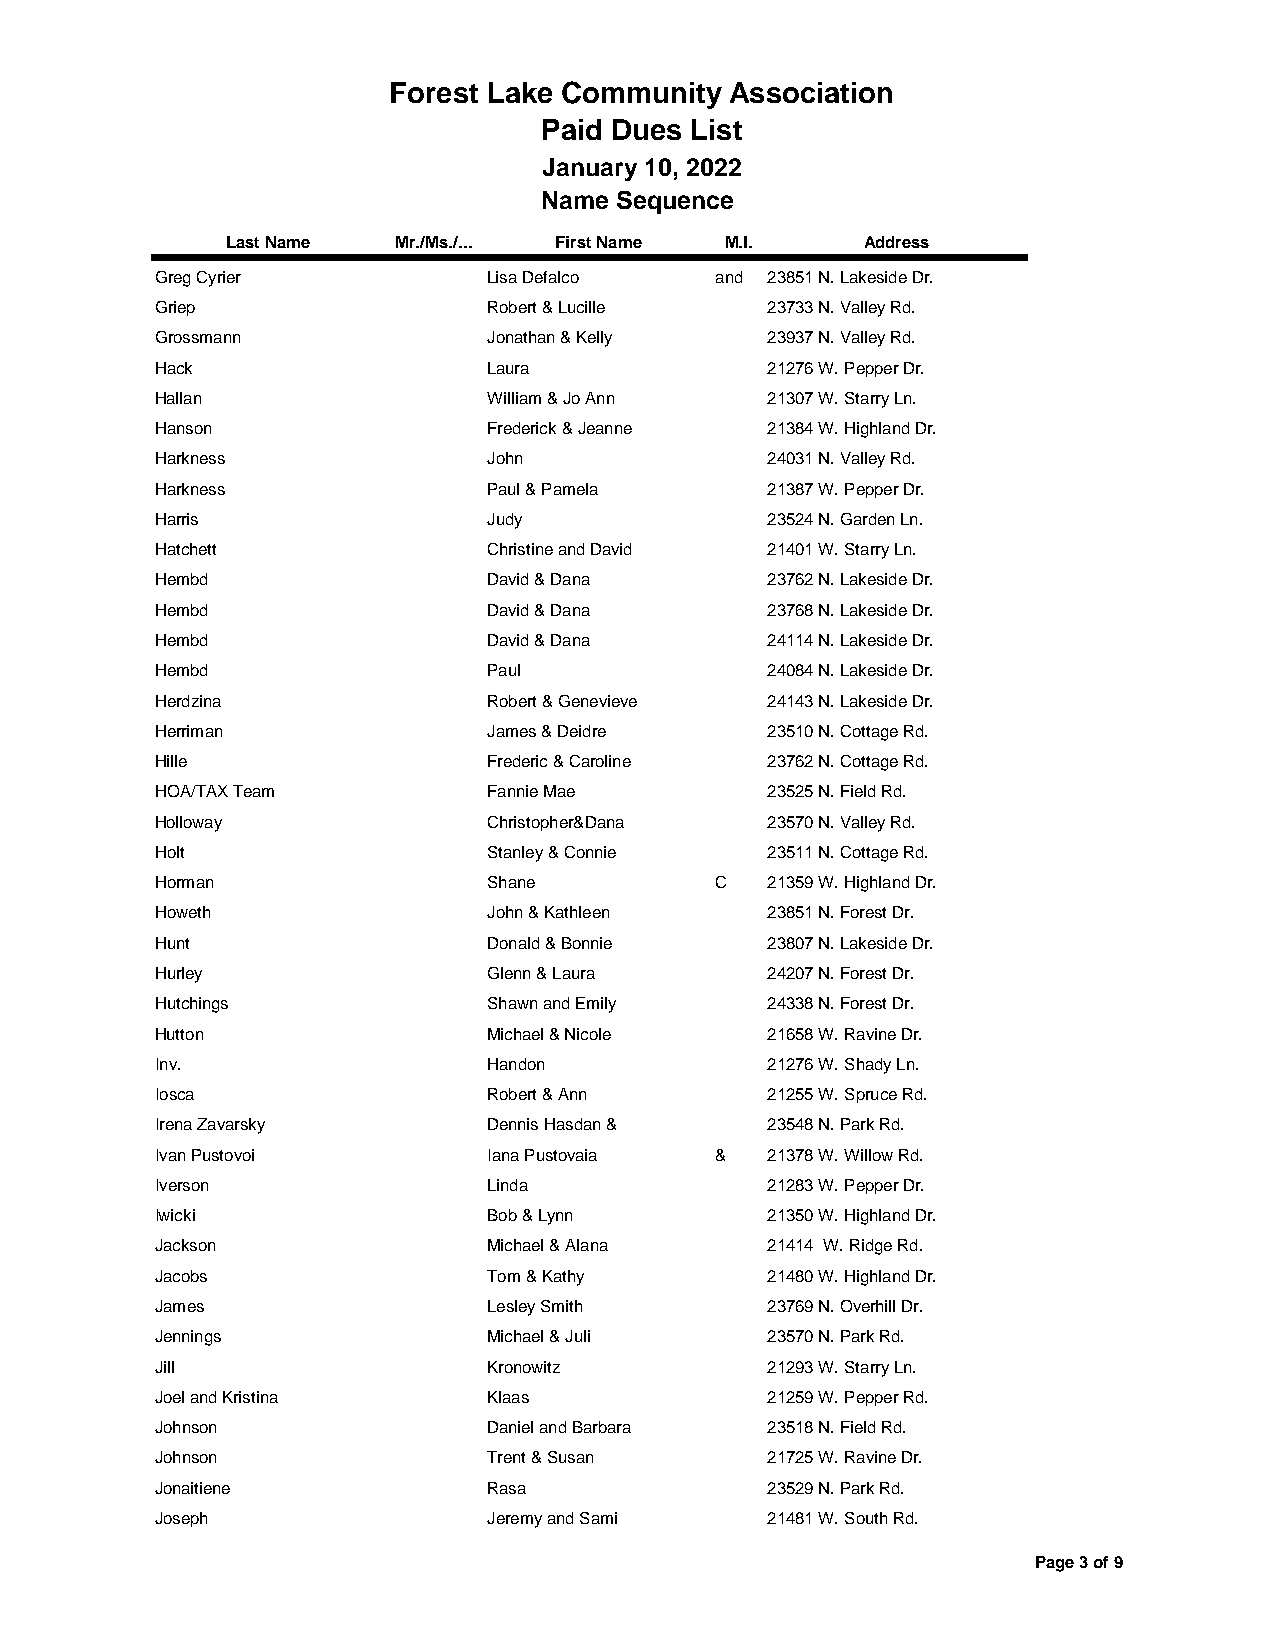
Forest Lake Community Association
 Paid Dues List
 January 10, 2022
 Name Sequence
 Last Name  Mr./Ms./... First Name M.I.    Address
 Greg Cyrier           Lisa Defalco   and 23851 N. Lakeside Dr.
 Griep                 Robert & Lucille   23733 N. Valley Rd.
 Grossmann             Jonathan & Kelly   23937 N. Valley Rd.
 Hack                  Laura              21276 W. Pepper Dr.
 Hallan                William & Jo Ann   21307 W. Starry Ln.
 Hanson                Frederick & Jeanne 21384 W. Highland Dr.
 Harkness              John               24031 N. Valley Rd.
 Harkness              Paul & Pamela      21387 W. Pepper Dr.
 Harris                Judy               23524 N. Garden Ln.
 Hatchett              Christine and David 21401 W. Starry Ln.
 Hembd                 David & Dana       23762 N. Lakeside Dr.
 Hembd                 David & Dana       23768 N. Lakeside Dr.
 Hembd                 David & Dana       24114 N. Lakeside Dr.
 Hembd                 Paul               24084 N. Lakeside Dr.
 Herdzina              Robert & Genevieve 24143 N. Lakeside Dr.
 Herriman              James & Deidre     23510 N. Cottage Rd.
 Hille                 Frederic & Caroline 23762 N. Cottage Rd.
 HOA/TAX Team          Fannie Mae         23525 N. Field Rd.
 Holloway              Christopher&Dana   23570 N. Valley Rd.
 Holt                  Stanley & Connie   23511 N. Cottage Rd.
 Horman                Shane          C   21359 W. Highland Dr.
 Howeth                John & Kathleen    23851 N. Forest Dr.
 Hunt                  Donald & Bonnie    23807 N. Lakeside Dr.
 Hurley                Glenn & Laura      24207 N. Forest Dr.
 Hutchings             Shawn and Emily    24338 N. Forest Dr.
 Hutton                Michael & Nicole   21658 W. Ravine Dr.
 Inv.                  Handon             21276 W. Shady Ln.
 Iosca                 Robert & Ann       21255 W. Spruce Rd.
 Irena Zavarsky        Dennis Hasdan &    23548 N. Park Rd.
 Ivan Pustovoi         Iana Pustovaia &   21378 W. Willow Rd.
 Iverson               Linda              21283 W. Pepper Dr.
 Iwicki                Bob & Lynn         21350 W. Highland Dr.
 Jackson               Michael & Alana    21414 W. Ridge Rd.
 Jacobs                Tom & Kathy        21480 W. Highland Dr.
 James                 Lesley Smith       23769 N. Overhill Dr.
 Jennings              Michael & Juli     23570 N. Park Rd.
 Jill                  Kronowitz          21293 W. Starry Ln.
 Joel and Kristina     Klaas              21259 W. Pepper Rd.
 Johnson               Daniel and Barbara 23518 N. Field Rd.
 Johnson               Trent & Susan      21725 W. Ravine Dr.
 Jonaitiene            Rasa               23529 N. Park Rd.
 Joseph                Jeremy and Sami    21481 W. South Rd.
 Page 3 of 9